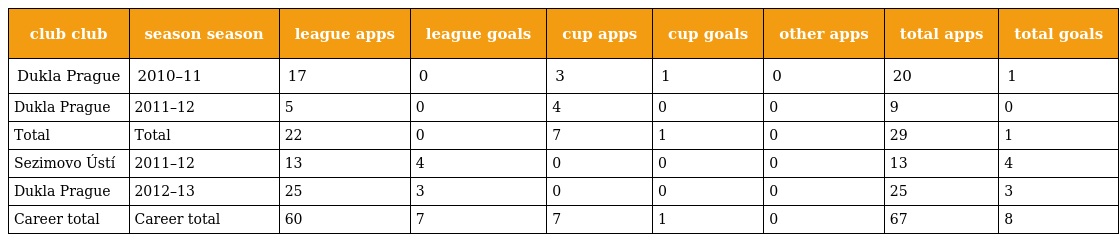
| club club | season season | league apps | league goals | cup apps | cup goals | other apps | total apps | total goals |
 | --- | --- | --- | --- | --- | --- | --- | --- | --- |
 | Dukla Prague | 2010–11 | 17 | 0 | 3 | 1 | 0 | 20 | 1 |
 | Dukla Prague | 2011–12 | 5 | 0 | 4 | 0 | 0 | 9 | 0 |
 | Total | Total | 22 | 0 | 7 | 1 | 0 | 29 | 1 |
 | Sezimovo Ústí | 2011–12 | 13 | 4 | 0 | 0 | 0 | 13 | 4 |
 | Dukla Prague | 2012–13 | 25 | 3 | 0 | 0 | 0 | 25 | 3 |
 | Career total | Career total | 60 | 7 | 7 | 1 | 0 | 67 | 8 |